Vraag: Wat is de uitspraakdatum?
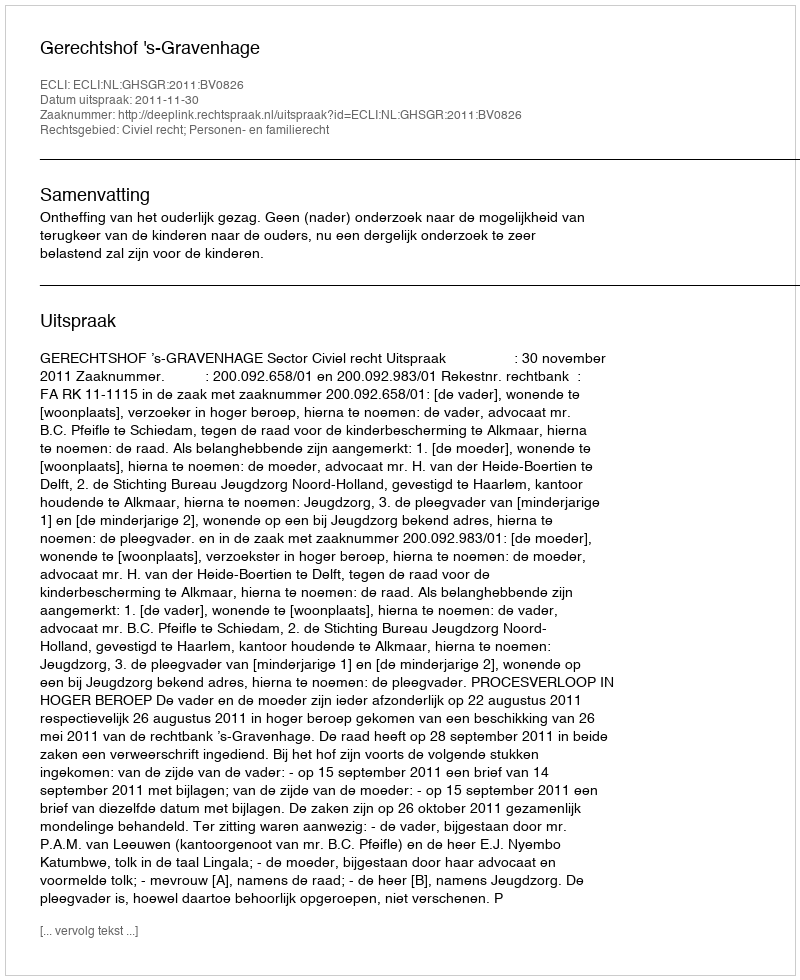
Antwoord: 2011-11-30